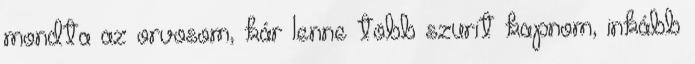
mondta az orvosom, kár lenne több szurit kapnom, inkább